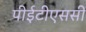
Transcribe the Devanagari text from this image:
पीईटीएससी